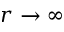
r \to \infty